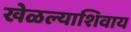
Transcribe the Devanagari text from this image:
खेळल्याशिवाय